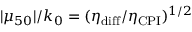
| \mu _ { 5 0 } | / k _ { 0 } = ( \eta _ { \mathrm { d i f f } } / \eta _ { \mathrm { C P I } } ) ^ { 1 / 2 }